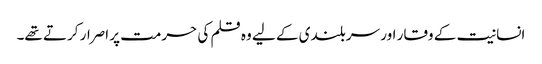
انسانیت کے وقار اور سربلندی کے لیے وہ قلم کی حرمت پر اصرار کرتے تھے۔